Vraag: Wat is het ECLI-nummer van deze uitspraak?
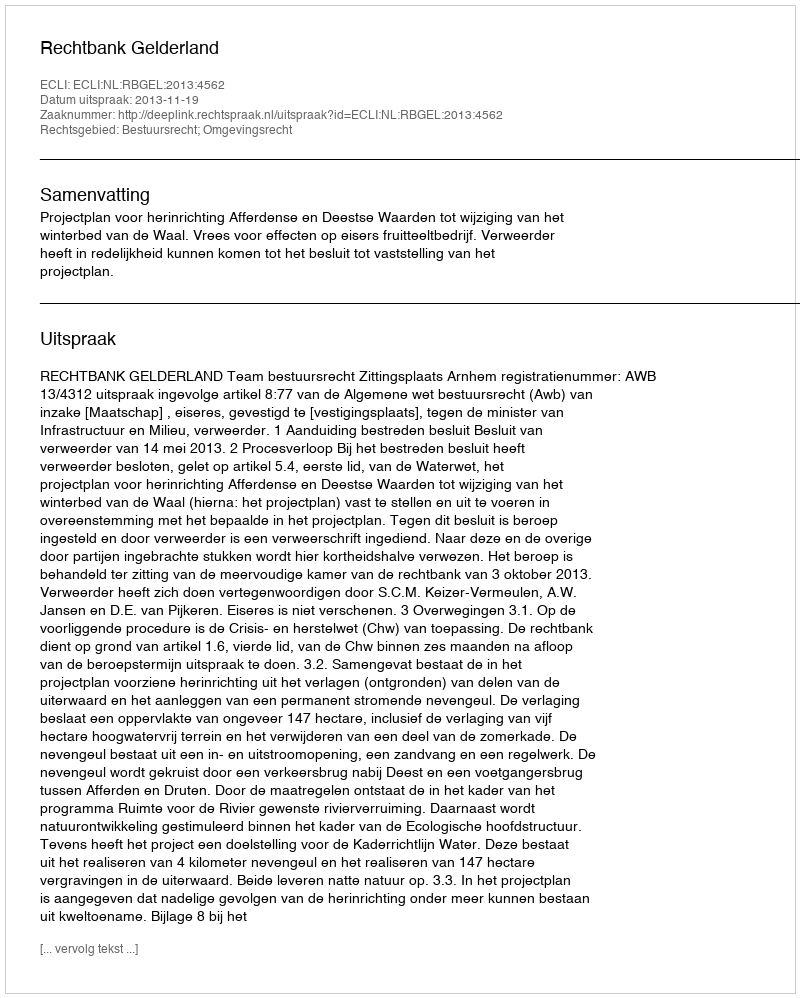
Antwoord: ECLI:NL:RBGEL:2013:4562